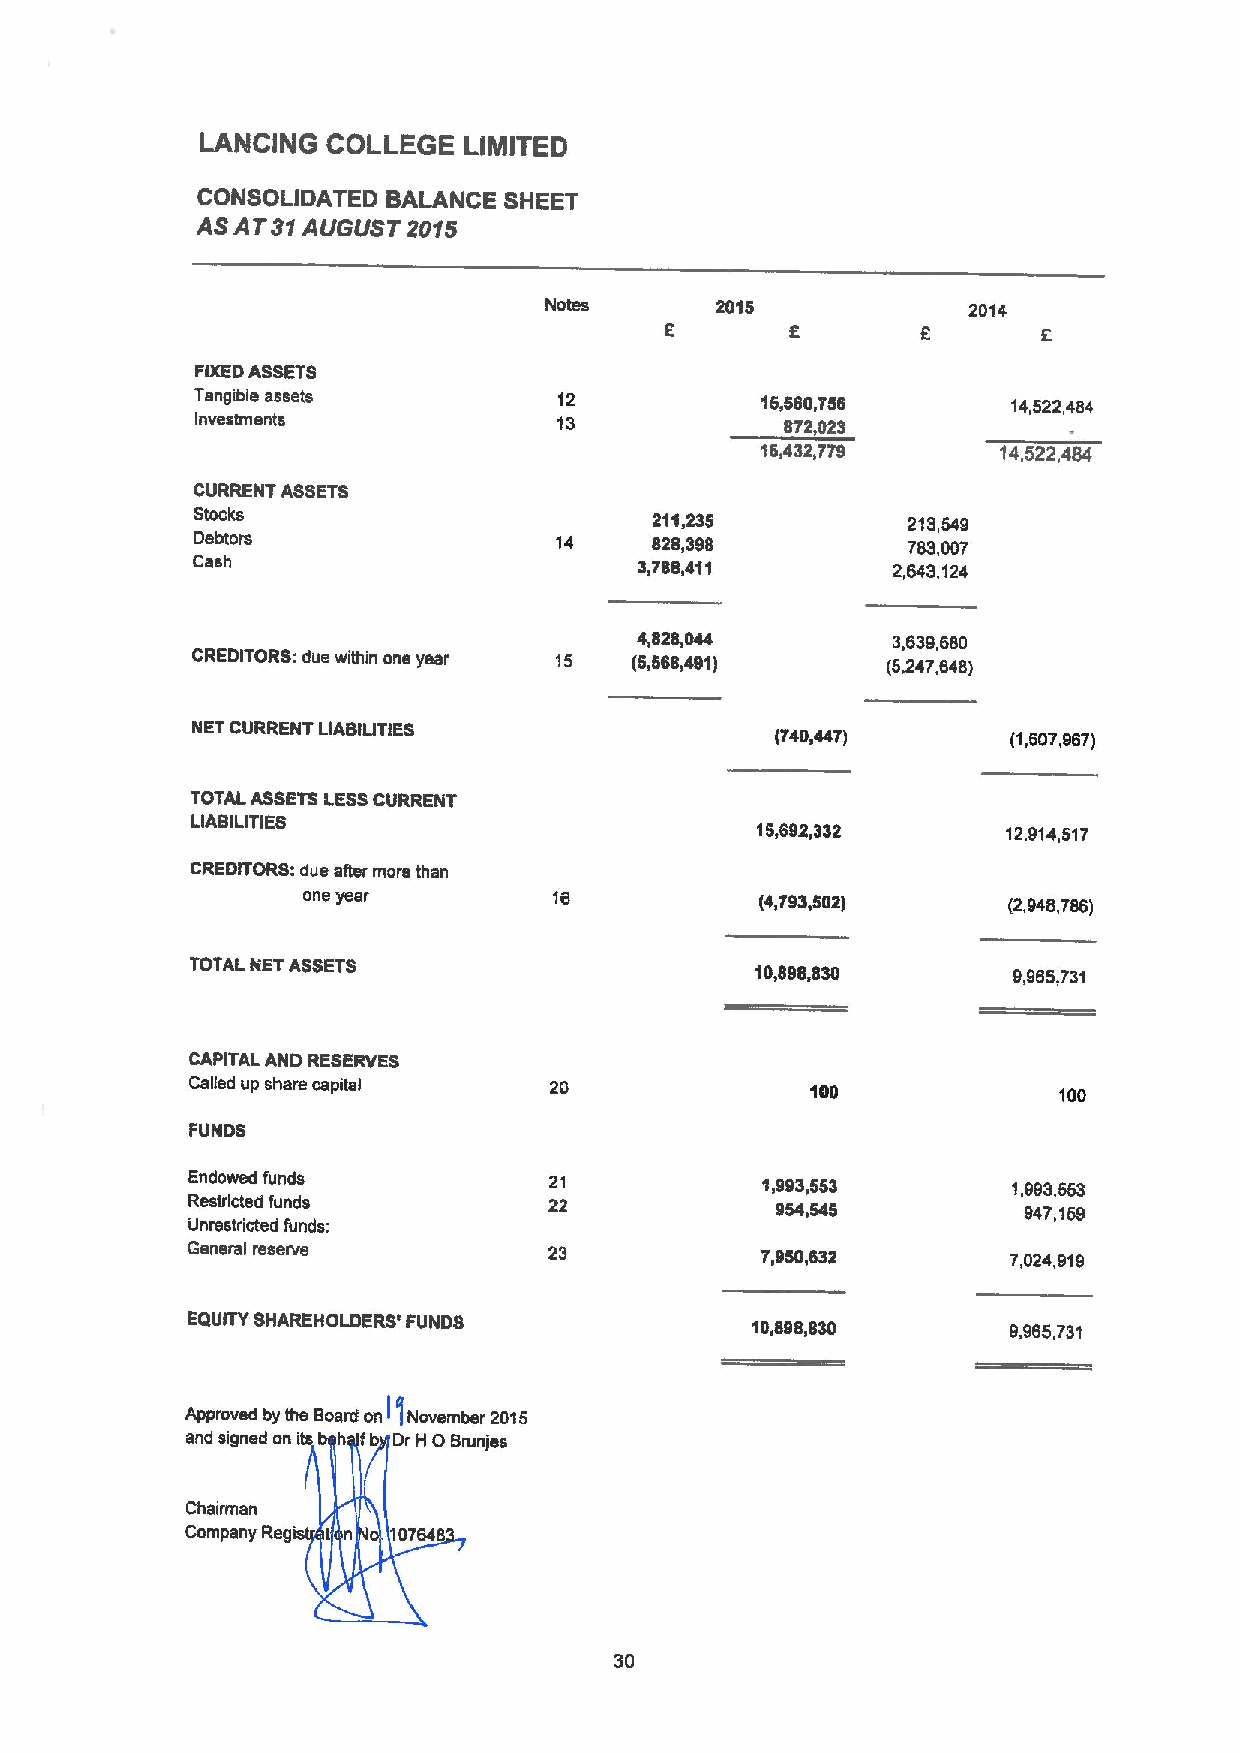
LANCING  COLLEGE  LIMITED
 CONSOLIDATED BALANCE SHEET
 ASAT31 AUGUST 2015
 Notes      2015             2014
 FIXEDASSETS
 Tangible assets         12           16,560,756       14,522,484
 Investments             13             872,023
 16,432,779      14,522,484
 CURRENT ASSETS
 Stocks                        211,235          213,549
 Debtors                 14    828,398          783,007
 Cash                         3,788,411        2,643,124
 4,828,044        3,639,660
 CREDITORS: due within one year 15 (5,568,491) (5,247,648)
 NET CURRENT LIABIUTIES                (740,447)       (1,607,967)
 TOTAL ASSETSI.ESSCURRENT
 LIABILITIES
 15,692,332       12.914,517
 CREDITORS: due after more than
 one year                      ($,793,502)      (2,946,786)
 TOTAL NETASSETS                      10,898,830       9,965,731
 CAPITAL AND RESERVES
 Called up share capital 20               100             100
 FUNDS
 Endowed funds           21            1,993,563        1,993.553
 Restricted funds        22             954,545          947,159
 Unrestricted funds:
 General reserve         23            7,950,532        7,024,919
 E(2UITYSHAREHOLDERS'FUNDS             10,898,830       9,965,731
 Approved by the Board on I ]November 2015
 and signed on i h Ib Dr H 0 Brunjes
 Chairman
 Company Regis t 107646
 30